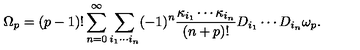
\Omega _ { p } = ( p - 1 ) ! \sum _ { n = 0 } ^ { \infty } \sum _ { i _ { 1 } \cdots i _ { n } } ( - 1 ) ^ { n } { \frac { \kappa _ { i _ { 1 } } \cdots \kappa _ { i _ { n } } } { ( n + p ) ! } } D _ { i _ { 1 } } \cdots D _ { i _ { n } } \omega _ { p } .